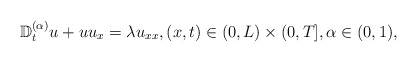
\begin{align*} \mathbb{D}_{t}^{(\alpha)}u+uu_x=\lambda u_{xx}, (x,t)\in (0,L)\times (0,T],\alpha\in (0, 1),\end{align*}